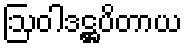
ဩဝါဒဋ္ဌပိတာယ